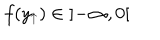
LaTeX: f ( y _ { \uparrow } ) \in \left] - \infty , 0 \right[